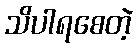
သိပါရစေတဲ့